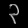
Digit: ၃